Papers set at the Examination for Leaving Certificates, 1895
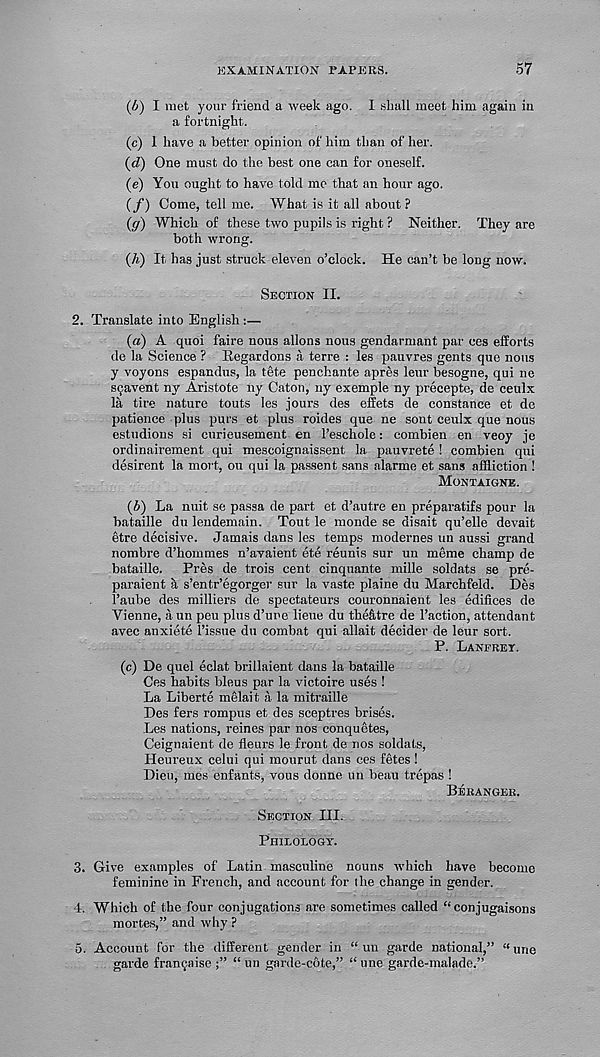
EXAMINATION PAPERS.
57
(4) I met your friend a week ago. I shall meet him again in
a fortnight.
(c) 1 have a better opinion of him than of her.
(d) One must do the best one can for oneself.
(e) You ought to have told me that an hour ago.
(/) Come, tell me. What is it all about ?
(g) Which of these two pupils is right ? Neither. They are
both wrong.
(h) It has just, struck eleven o’clock. He can’t be long now.
Section II.
2. Translate into English :—
(a) A quoi faire nous aliens nous gendarmant par ces efforts
de la Science ? Regardons a terre : les pauvres gents quo nous
y voyons espandus, la tete penchante apres leur besogne, qui ne
sqavent ny Aristote ny Caton, ny exemple ny precepte, de ceulx
la tire nature touts les jours des elfets de Constance et de
patience plus purs et plus roides que ne sent ceulx que nous
estudions si curieusement en 1’eschole: combien en veoy je
ordinairement qui mescoignaissent la pauvrete ! combien qui
desirent la mort, ou qui la passent sans alarme et sans affliction !
Montaigne.
(4) La nuit se passa de part et d’autre en preparatifs pour la
bataille du lendemain. Tout le monde se disait qu’elle devait
etre decisive. Jamais dans les temps modernes tin aussi grand
nombre d’hommes n’avaient ete reunis sur un meme champ de
bataille. Pres de trois cent cinquante mille soldats se pre-
paraient a s’entr’egorger sur la vaste plaine du Marchfeld. Des
1’aube des milliers de spectateurs couronnaient les edifices de
Vienne, a un peu plus d’une lieue du thefitre de Taction, attendant
avec anxiete Tissue du combat qui allait decider de leur sort.
P. Lanfret.
(c) De quel eclat brillaient dans la bataille
Ces habits bleus par la victoire uses !
La Liberte melait a la mitraille
Des fers rompus et des sceptres brises.
Les nations, reines par nos conquetes,
Ceignaient de fleurs le front de nos soldats,
Heureux celui qui mourut dans ces fetes !
Dieu, mes enfants, vous donne un beau trepas !
Beranger.
Section III.
Philology.
3. Give examples of Latin masculine nouns which have become
feminine in French, and account for the change in gender.
4. Which of the four conjugations are sometimes called “ conjugaisons
mortes,” and why ?
5. Account for the different gender in “ un garde national,” “ une
garde frantjaise “ un garde-cote,” “une garde-malade.”